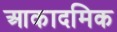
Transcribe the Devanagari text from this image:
आकादमिक